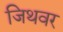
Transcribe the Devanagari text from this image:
जिथवर